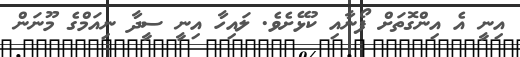
އިނީ އެ އިންގޮތަށް ފޯނާއި ކުޅޭށެވެ. ލައިހާ އިނީ ސީދާ ނިއަމްގެ މޫނަން